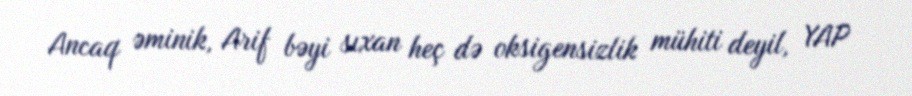
Ancaq əminik, Arif bəyi sıxan heç də oksigensizlik mühiti deyil, YAP